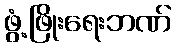
ဖွံ့ဖြိုးရေးဘဏ်